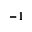
^ { - 1 }